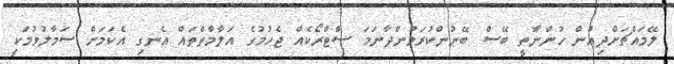
ލޭމައްޗަށްދިއުން ހުންނާތީ ބޭސް ބޭނުންކުރަމުންދާނަމަ ސްޓްރޯކެއް ޖެހުމުގެ އަލާމާތްތައް އެނގި އެކަމަށް ސަމާލުވުމަކީ